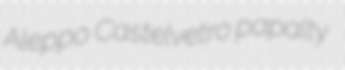
Aleppo Castelvetro papalty